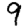
Digit: 9